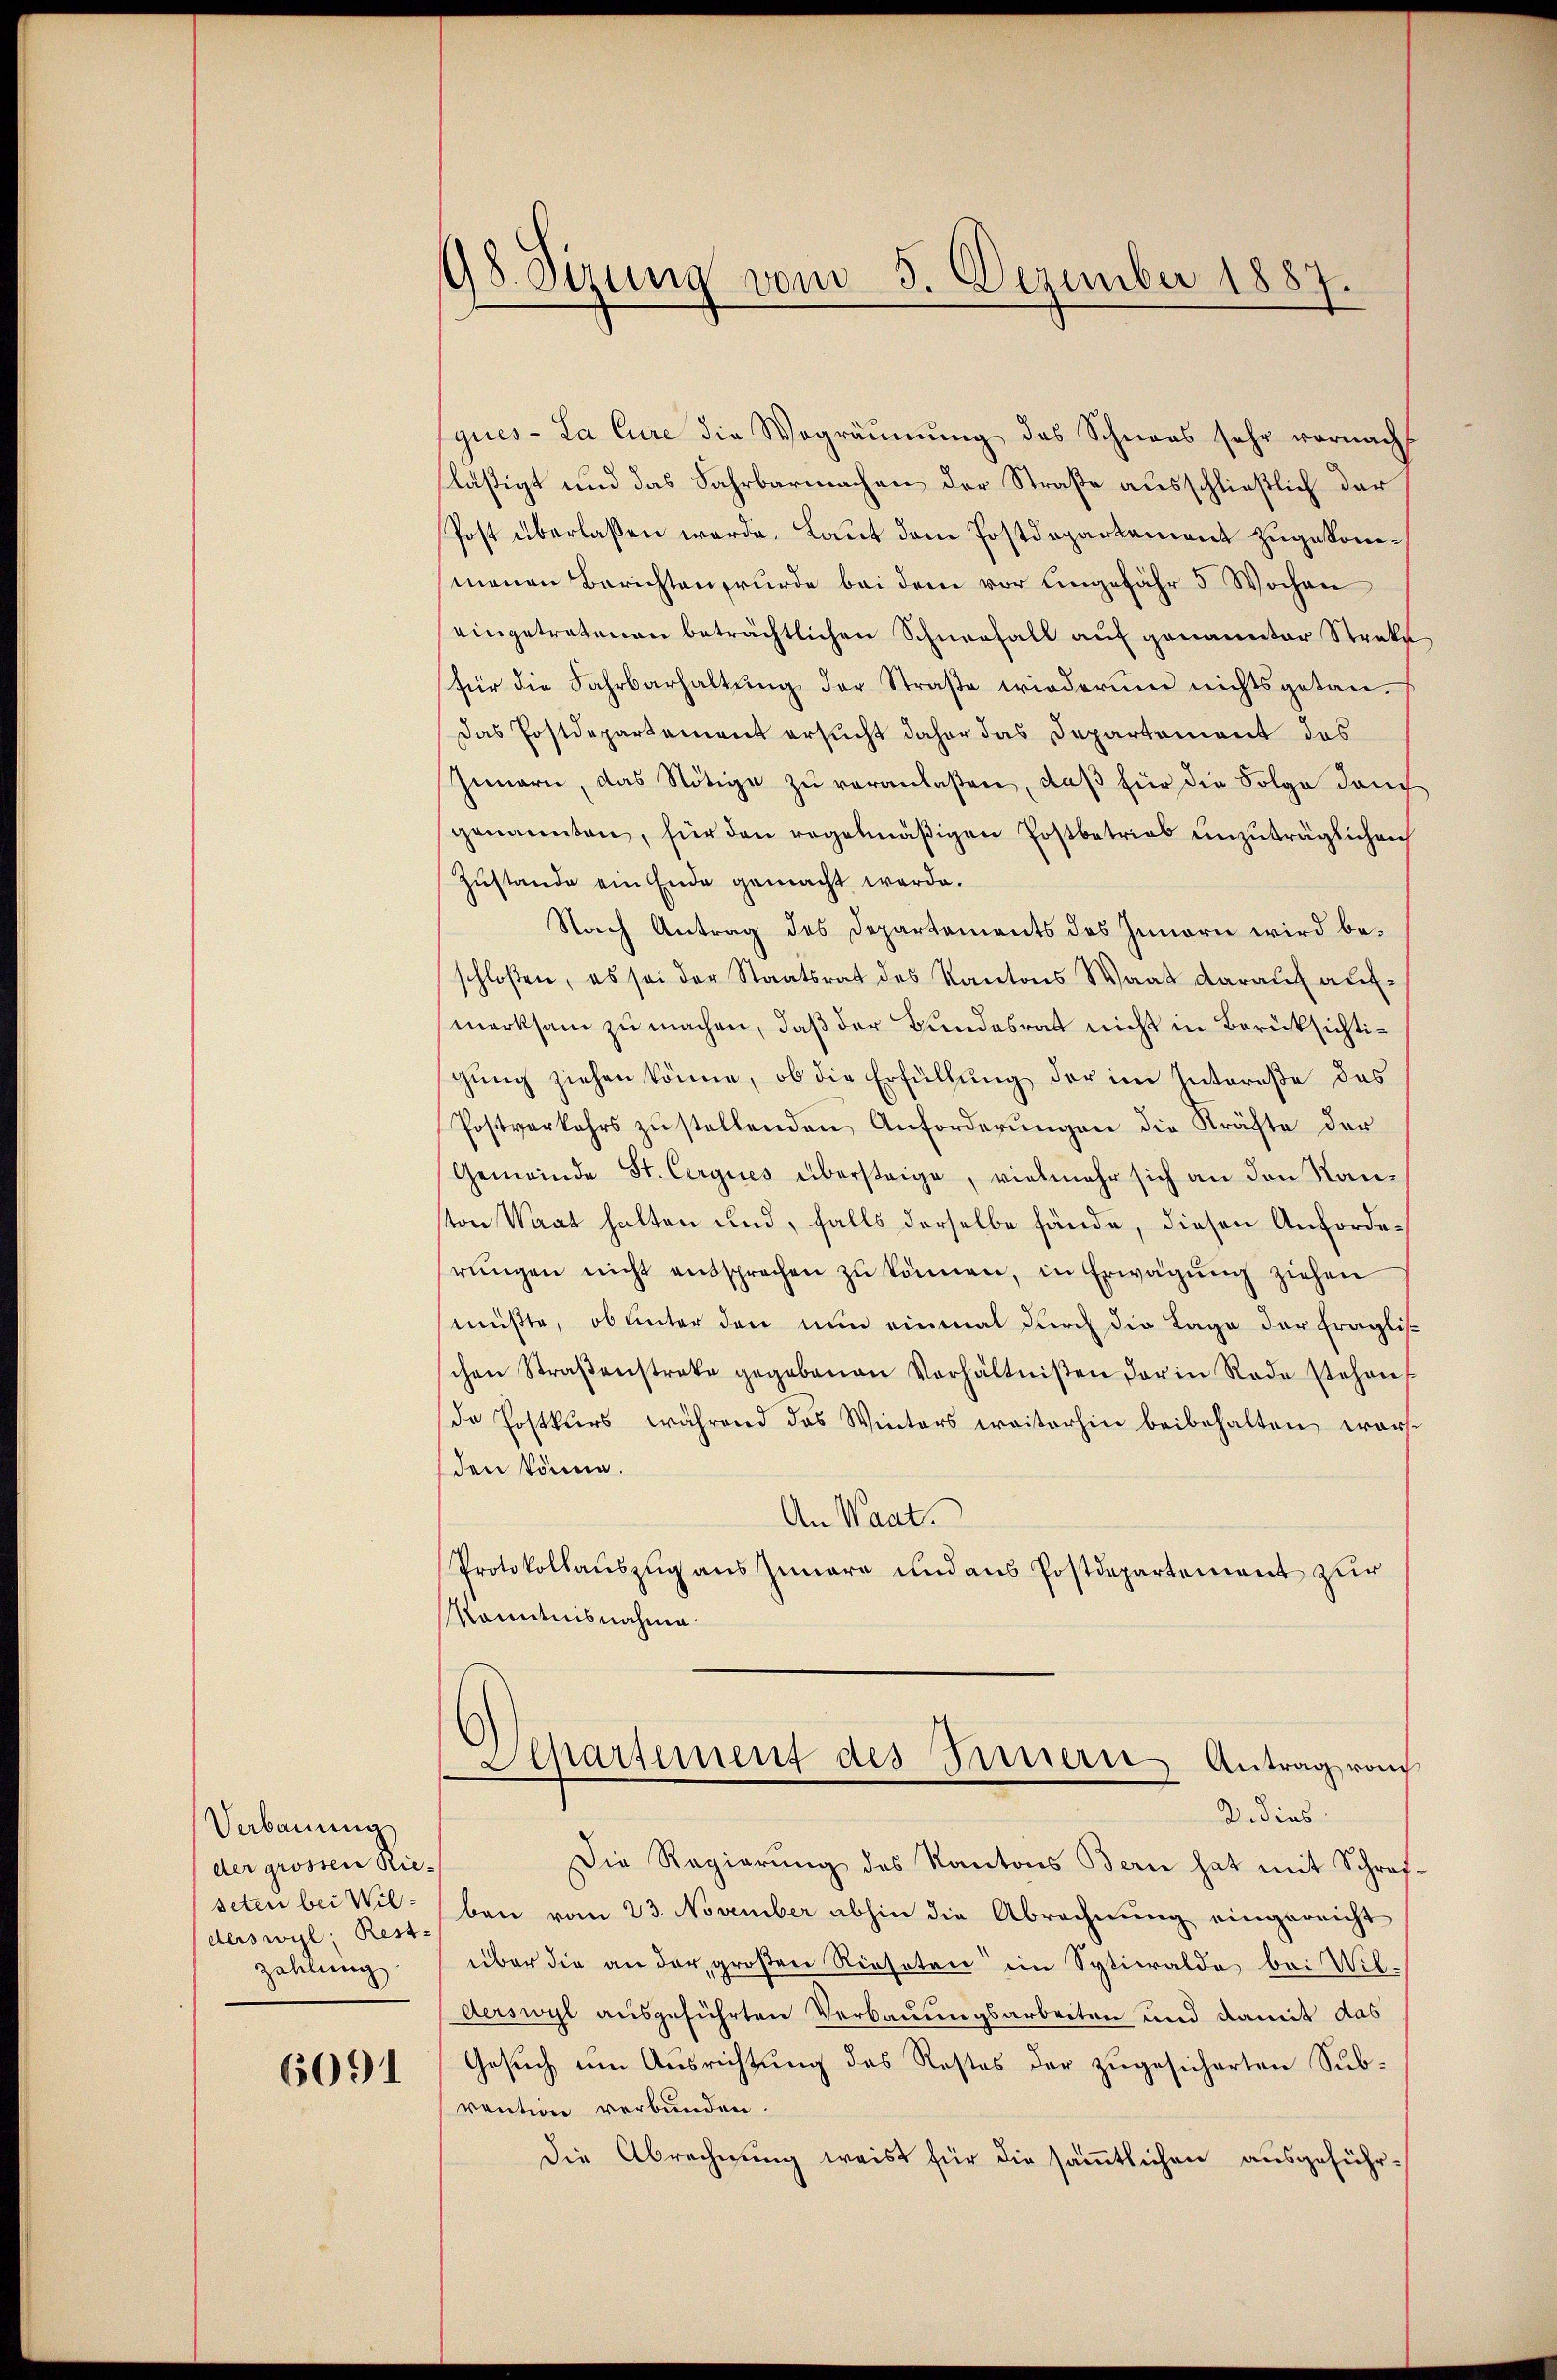
Verbauung
der grossen Rieseten bei Wilderswyl: Rest-
zahlung

6091

98. Sizung vom 5. Dezember 1887.

ques - La Cure die Wegräŭmŭng des Schnoas sehr vornachs
läßigt und das Fahrbarmachen der Straße ausschließlich der
Post überlaßen werde. Laut dem Postdepartament zugekonmenen Berichten wurde bei dem vor eingefähr 5 Wochen
eingetretenen beträchtlichen Schneefall auf genannter Streke
für die Fahrbarhaltŭng der Straβe wiederum nichts getan.
Das Postdepartement ersucht daher das Departemont des
Innern, das Nötige zu veranlaßen, daß für die Folge danch
genannten, für den regelmäßigen Postbetrieb unzuträglichen
Zustande ein Ende gemacht werde.
Nach Antrag des Departements des Innern wird beschloßen, es sei der Staatsrat des Kantons Waat darauf aufmerksam zu machen, daß der Bundesrat nicht in Berücksichtigung ziehen könne, ob die Erfüllung der im Intereße des
Postverkehrs zu stellenden Anforderungen die Kräfte der
Gemeinde St. Cergies übersteige, vielmehr sich an den Kanton Waat halten und, falls derselbe fände, diesen Anforderŭngen nicht entsprechen zŭ können, in Erwägŭng ziehen
müßte, ob unter den nun einmal durch die Lage der Fraglischen Straβenstreke gegebenen Verhältniβen der in Rede stehen
de Postkurs während das Winters weiterhin beibehalten warte
den könne.
An Waat.
Protokollauszug aus Iunare und aus Postdepartement zur
Kenntnisnahme
Separtement des Innern Antrag vom
2. dies
Die Regierŭng des Kantons Bern hat mit Schrof-
ben vom 23. November abhin die Abrechnung eingereicht
über die an der großen Rieseten im Sptiwalde bei Wilderswyl ausgeführten Verbauungsarbeiten und damit das
Gesuch um Ausrichtung des Restes der zugesicherten Subvention verbunden.
die Abrechnung weist für die sämmtlichen ausgeführ¬